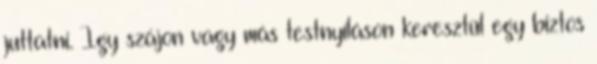
juttatni. Így szájon vagy más testnyíláson keresztül egy biztos